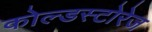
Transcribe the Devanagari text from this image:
कोल्डस्टोरेज